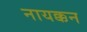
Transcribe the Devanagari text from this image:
नायक्कन